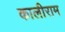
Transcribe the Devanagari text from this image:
कालीराम